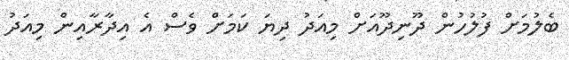
ބެލުމަށް ފުލުހުން ދޫނިދޫއަށް މިއަދު ދިޔަ ކަމަށް ވެސް އެ އިދާރާއިން މިއަދު